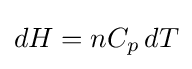
dH=nC_{p}\,dT